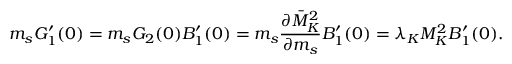
m _ { s } G _ { 1 } ^ { \prime } ( 0 ) = m _ { s } G _ { 2 } ( 0 ) B _ { 1 } ^ { \prime } ( 0 ) = m _ { s } \frac { \partial \bar { M } _ { K } ^ { 2 } } { \partial m _ { s } } B _ { 1 } ^ { \prime } ( 0 ) = \lambda _ { K } M _ { K } ^ { 2 } B _ { 1 } ^ { \prime } ( 0 ) .